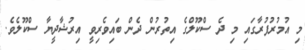
މި އުމުރުފުރާގައި މި ދެ ސްކޫލްގެ އިތުރުން ދެން ބައިވެރިވީ އިރުޝާދީޔާ ސްކޫލެވެ.